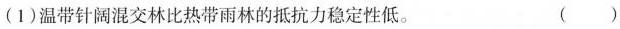
(1)温带针阔混交林比热带雨林的抵抗力稳定性低。 ()